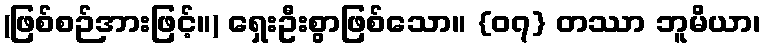
(ဖြစ်စဉ်အားဖြင့်။) ရှေးဦးစွာဖြစ်သော။ {၀၇} တဿာ ဘူမိယာ၊